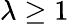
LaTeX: \lambda\geq 1